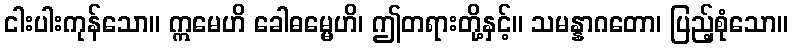
ငါးပါးကုန်သော။ ဣမေဟိ ခေါဓမ္မေဟိ၊ ဤတရားတို့နှင့်။ သမန္နာဂတော၊ ပြည့်စုံသော။